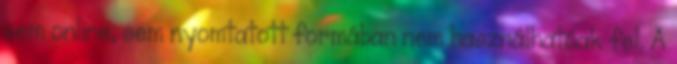
sem online, sem nyomtatott formában nem használhatóak fel. A